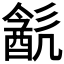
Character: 𨡳